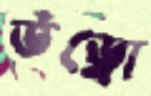
উড্রো